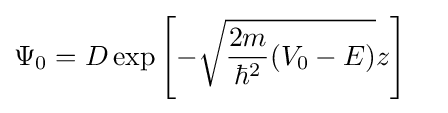
{\begin{aligned}\Psi _{0}&=D\exp \left[-{\sqrt {{\frac {2m}{\hbar ^{2}}}(V_{0}-E)}}z\right]\end{aligned}}